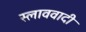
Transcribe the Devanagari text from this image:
स्लाववादी